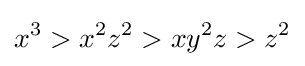
x^{3}>x^{2}z^{2}>xy^{2}z>z^{2}